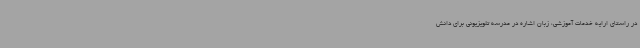
در راستای ارایه خدمات آموزشی، زبان اشاره در مدرسه تلویزیونی برای دانش